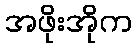
အဖိုးအိုက